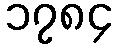
၁၇၈၄